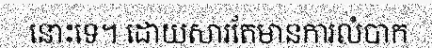
នោះទេ។ ដោយសារតែមានការលំបាក